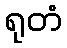
ရုတံ